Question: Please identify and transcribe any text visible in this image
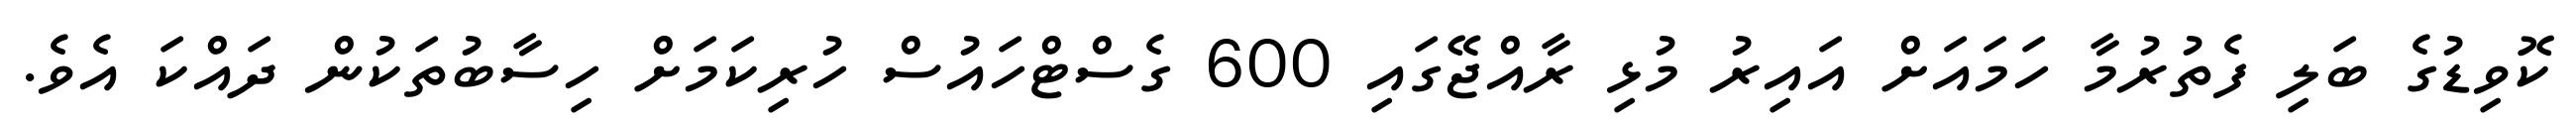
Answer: ކޮވިޑުގެ ބަލި ފެތުރުމާ ހަމައަށް އައިރު މުޅި ރާއްޖޭގައި 600 ގެސްޓްހައުސް ހުރިކަމަށް ހިސާބުތަކުން ދައްކަ އެވެ.